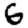
Digit: 6